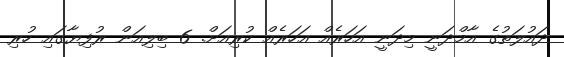
ދައުލަތުގެ އާމްދަނީ މިދަނީ އަހަރެއް އަހަރެއް ކުރިއަށް. 6 ބިލިއަން ރުފިޔާގައި ހުރި